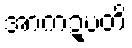
အာကဍ္ဎတိ